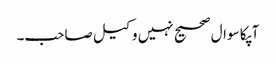
آپکا سوال صحیح نہیں وکیل صاحب۔